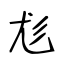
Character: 尨